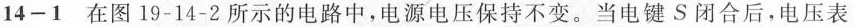
14-1 在图19-14-2所示的电路中，电源电压保持不变。当电键S闭合后，电压表